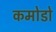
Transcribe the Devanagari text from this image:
कमोडो